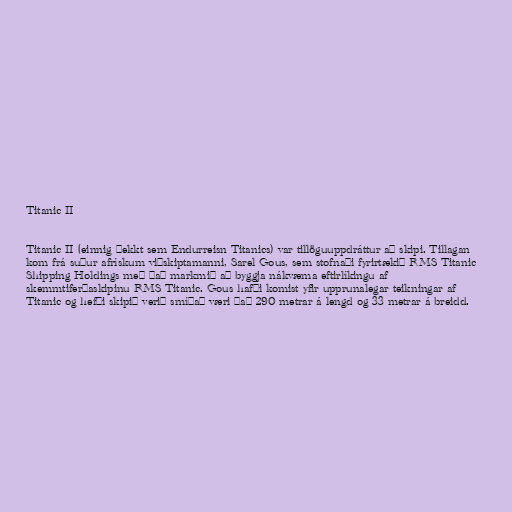
Titanic II

Titanic II (einnig þekkt sem Endurreisn Titanics) var tillöguuppdráttur að skipi. Tillagan
kom frá suður afrískum viðskiptamanni, Sarel Gous, sem stofnaði fyrirtækið RMS Titanic
Shipping Holdings með það markmið að byggja nákvæma eftirlíkingu af
skemmtiferðaskipinu RMS Titanic. Gous hafði komist yfir upprunalegar teikningar af
Titanic og hefði skipið verið smíðað væri það 290 metrar á lengd og 33 metrar á breidd.